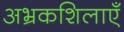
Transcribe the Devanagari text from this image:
अभ्रकशिलाएँ